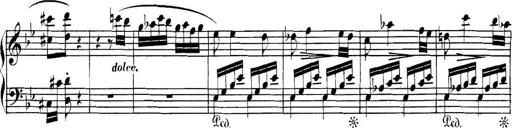
Title: Collected Piano Sonatas
Composer: Muzio Clementi